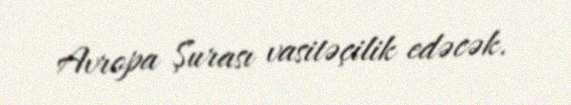
Avropa Şurası vasitəçilik edəcək.